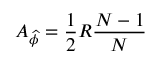
A _ { \widehat { \phi } } = \frac { 1 } { 2 } R \frac { N - 1 } { N }